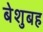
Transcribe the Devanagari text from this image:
बेशुबह